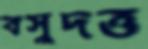
বসুদত্ত